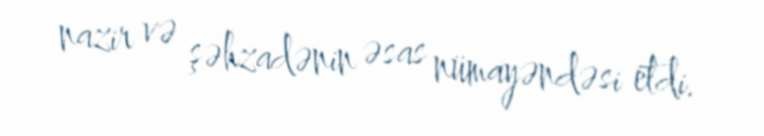
nazir və şəhzadənin əsas nümayəndəsi etdi.